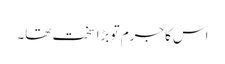
اس کا جرم تو بڑا سخت تھا۔